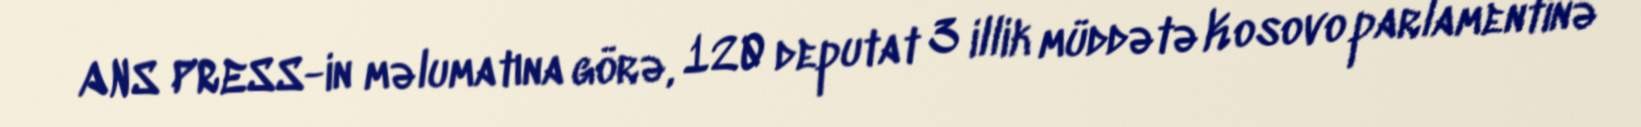
ANS PRESS-in məlumatına görə, 120 deputat 3 illik müddətə Kosovo parlamentinə